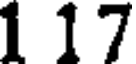
1 17